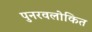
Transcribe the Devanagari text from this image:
पुनरवलोकित